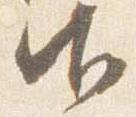
御